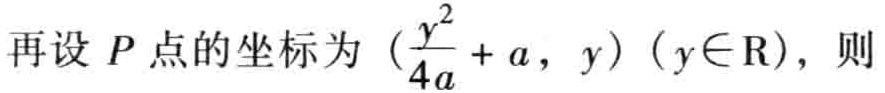
再设 \(P\) 点的坐标为 \((\frac{y^{2}}{4a}+a,y)(y\in\mathrm{R})\)，则